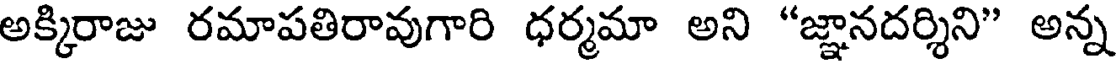
అక్కిరాజు రమాపతిరావుగారి ధర్మమా అని "జ్ఞానదర్శిని" అన్న